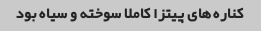
کناره های پیتزا کاملا سوخته و سیاه بود